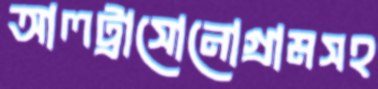
আলট্রাসোনোগ্রামসহ